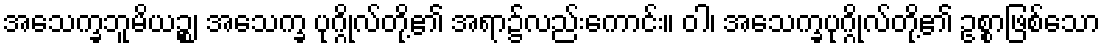
အသေက္ခဘူမိယဉ္စ၊ အသေက္ခ ပုဂ္ဂိုလ်တို့၏ အရာ၌လည်းကောင်း။ ဝါ၊ အသေက္ခပုဂ္ဂိုလ်တို့၏ ဥစ္စာဖြစ်သော